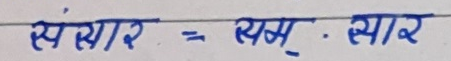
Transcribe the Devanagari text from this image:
संसार = सम् . सार